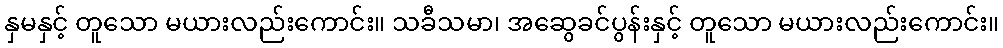
နှမနှင့် တူသော မယားလည်းကောင်း။ သခီသမာ၊ အဆွေခင်ပွန်းနှင့် တူသော မယားလည်းကောင်း။